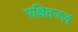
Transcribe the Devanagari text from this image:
पक्षितज्‍ज्ञ